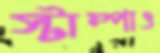
স্টাম্পাও